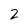
Character: 2